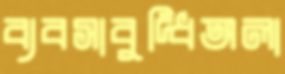
ব্যবসাবুদ্ধিঅলা